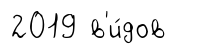
2019 в'и́дов